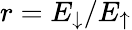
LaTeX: r=E_{\downarrow}/E_{\uparrow}